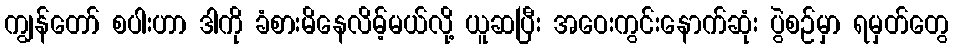
ကျွန်တော် စပါးဟာ ဒါကို ခံစားမိနေလိမ့်မယ်လို့ ယူဆပြီး အဝေးကွင်းနောက်ဆုံး ပွဲစဉ်မှာ ရမှတ်တွေ